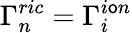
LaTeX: \Gamma_{n}^{ric}=\Gamma_{i}^{i\mathsf{o}n}